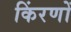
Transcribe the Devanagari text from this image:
किंरणों